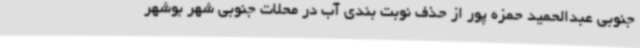
جنوبی عبدالحمید حمزه پور از حذف نوبت بندی آب در محلات جنوبی شهر بوشهر